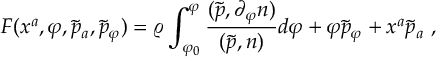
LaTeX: { \cal F } ( x ^ { a } , \varphi , \tilde { p } _ { a } , \tilde { p } _ { \varphi } ) = \varrho \int _ { \varphi _ { 0 } } ^ { \varphi } \frac { ( \tilde { p } , \partial _ { \varphi } n ) } { ( \tilde { p } , n ) } d \varphi + \varphi \tilde { p } _ { \varphi } + x ^ { a } \tilde { p } _ { a } \ ,